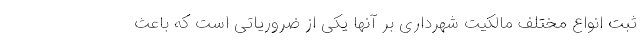
ثبت انواع مختلف مالکیت شهرداری بر آنها یکی از ضروریاتی است که باعث